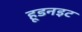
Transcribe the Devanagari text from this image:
हूडनइट